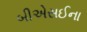
બીએસઈના